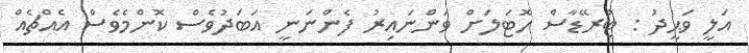
އަލީ ވަޙީދު : ޓްރޭޑާސް ހޮޓަލަށް ވަންނައިރު ފެންނަނީ އަބަދުވެސް ކޮންމެވެސް އެއްޗެއް